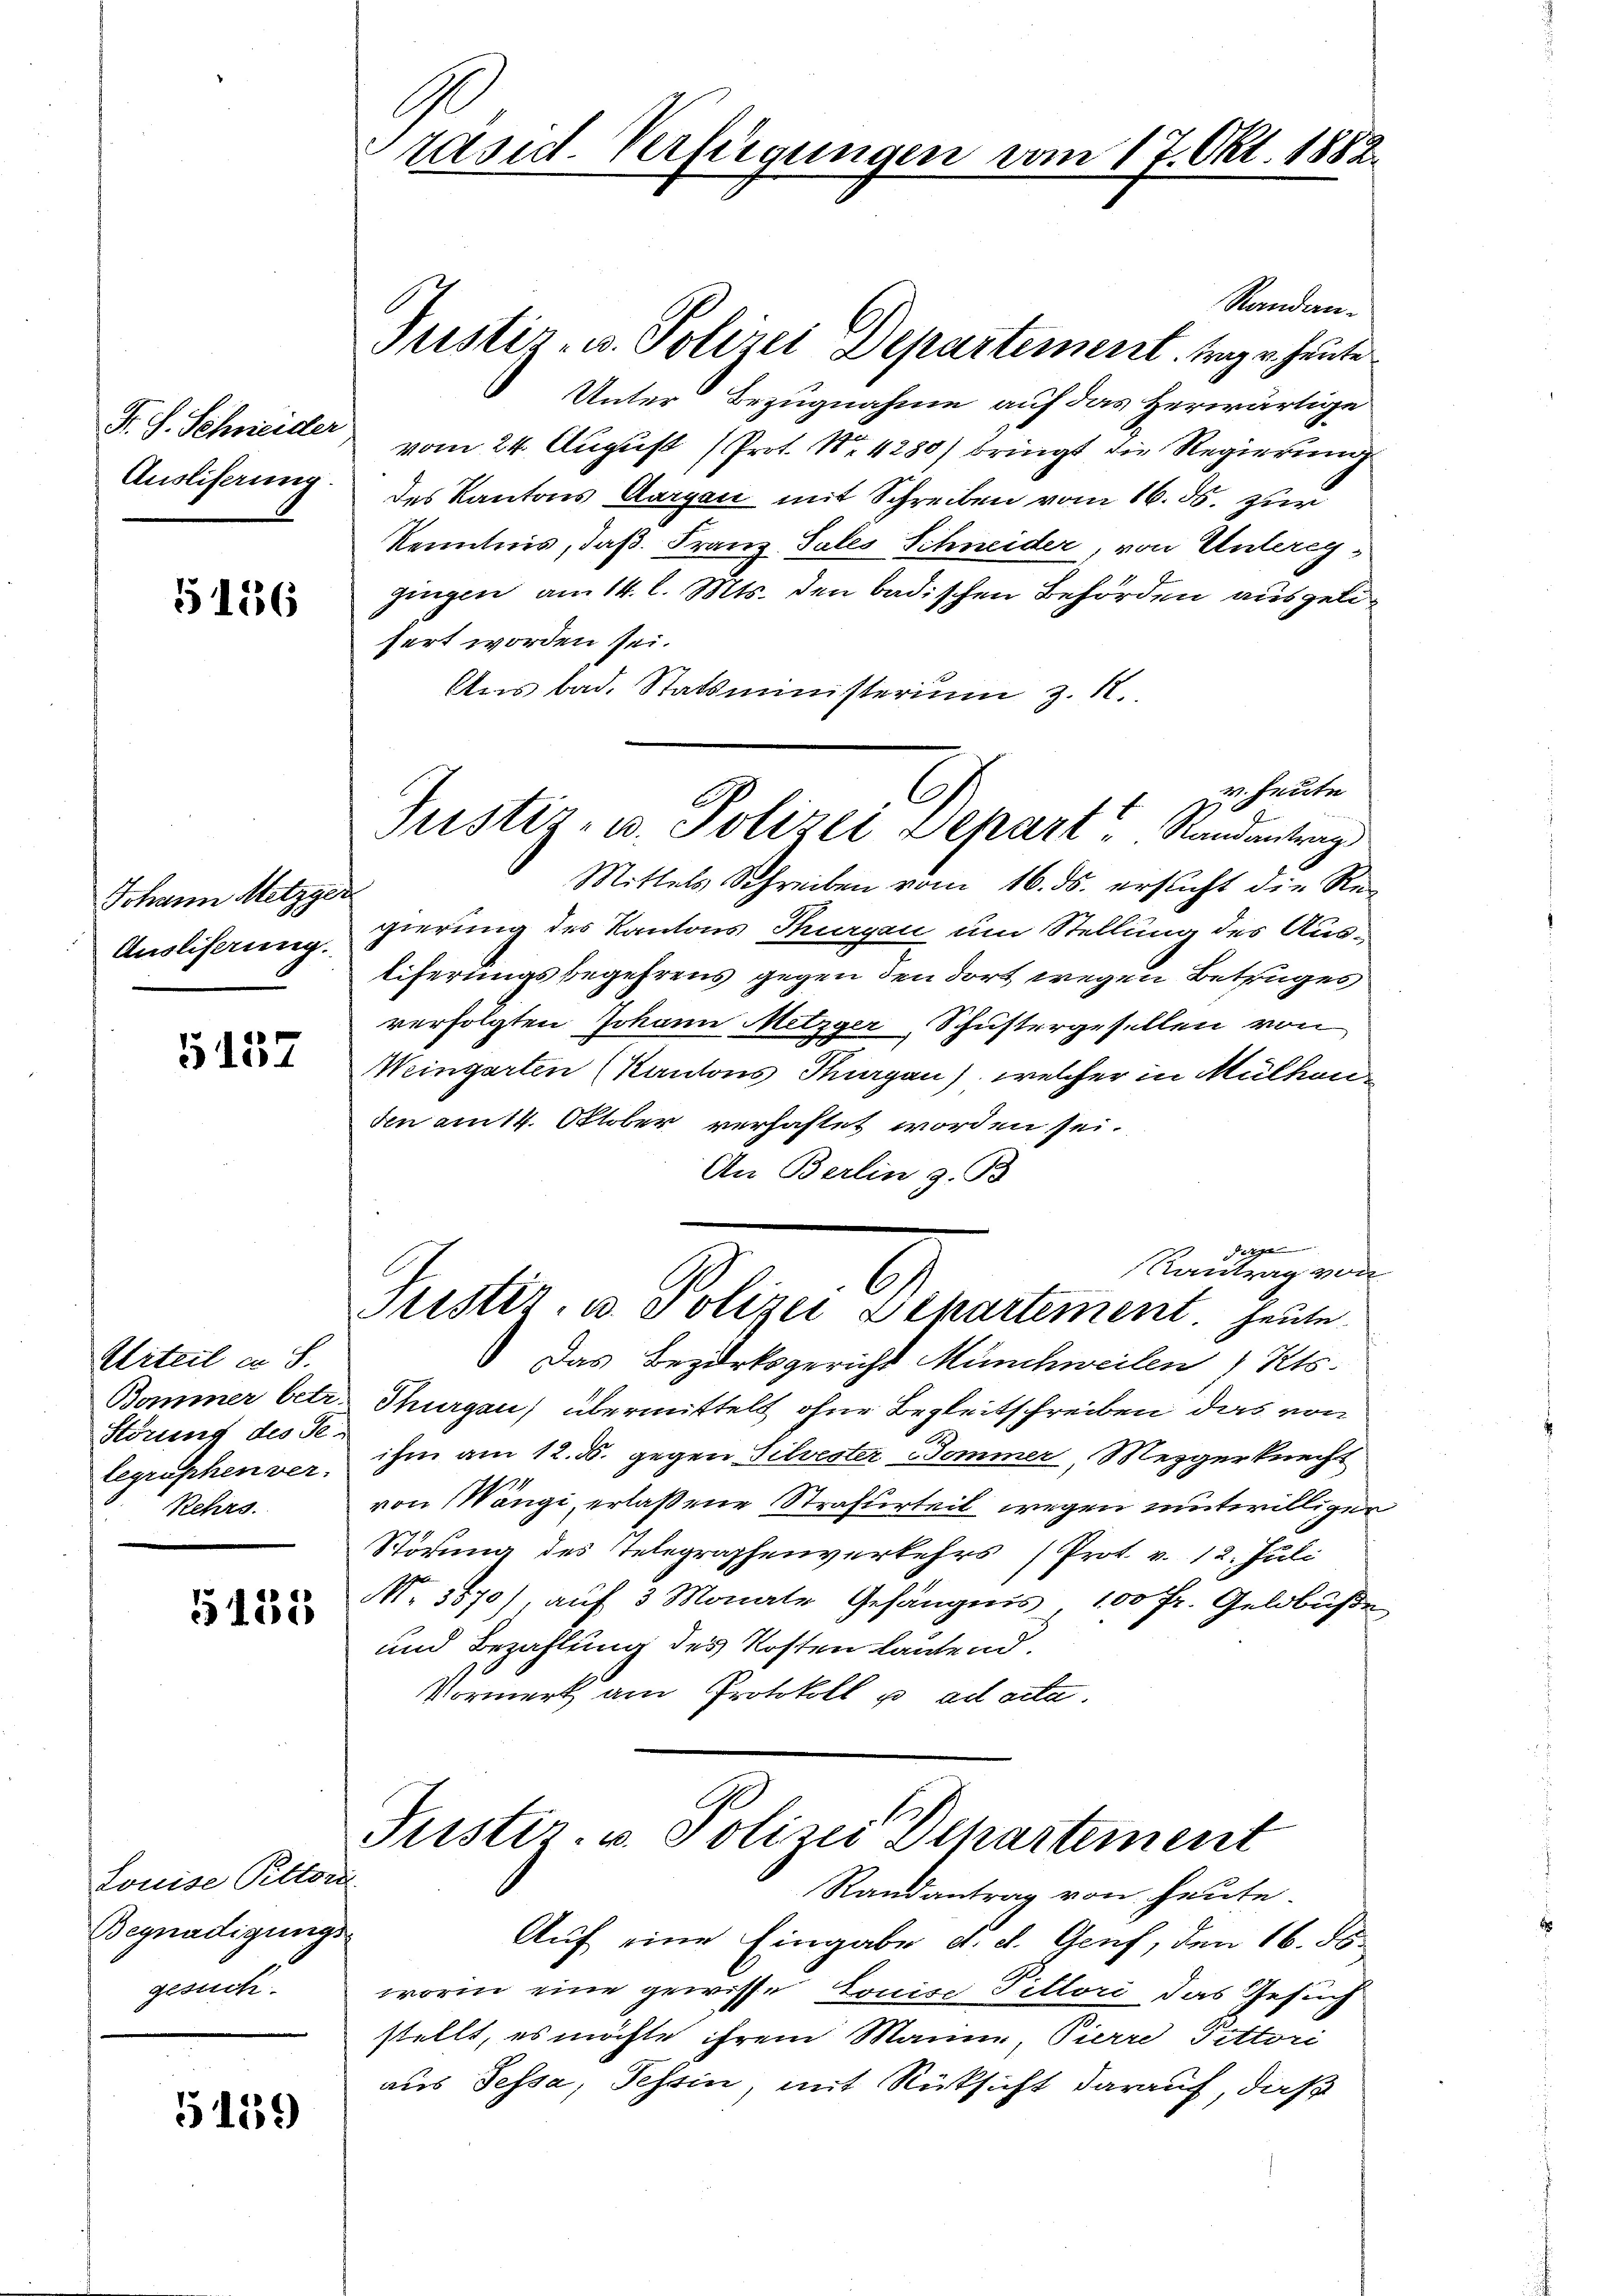
F. S. Schneider
Ausliserung

5136

Johann Metzger
Ausliserung.

5157

Urteil an S.
Bommer betr.
Störung des Se-
legraphen ver-
Rehrs.

5185

Louise Peltor
Begnadigungs
gesuch.

5159

räsid. Verfügungen vom 17. Okt. 1882.

G
Justiz- u. Polizei Separt Randantrag

Randan¬
Justiz- u. Polizei Departement. War heute
Unter Bezugnahme auf das herwärtige
vom 24. August (Prot. Nr. 4280) bringt die Regierung
des Kantons Aargau mit Schreiben vom 16. ds. zur
Kenntnis, daß Franz Sales Schneider, von Unteregs
gingen am 14. l. Mts. den badischen Behörden ausgelisert worden sei.
Ans bad. Statsministerium z. R.
v. Heute
2
Mittels Schreiben vom 16. ds. erflicht die Re-
gierung des Kantons Thurgau um Stellung des Ausliferungsbegehrens gegen den dort wegen Betruges
verfolgten Johann Metzger, Schustergesellen von
Weingarten (Kantons Thurgau), welcher in Mülhen
den amtt. Oktober verhaftet worden sei.
An Berlin z. B.
derge
Rantrag von
C
Fistet, u. Polizei Departement heute
 Das Bezirksgericht Münchweilen, Kts.
Tragen übermittelt ohne Begleitschreiben, das von
ihm am 12. ds. gegen Silvester Sommer Mezgerknecht
von Wängi erlaßene Strafurteil wegen mitwilliger
Störung des Telegraphenverkehrs (Prot. v. 12. Juli
No. 3570), auf 3 Monate Gefängnis 100 Fr. Geldbuße
und Bezahlung des Kosten lautend.
Vormerk am Protokoll u. ad acta.

Justiz- u. Polizei Departement

Randantrag von heute.
Auf eine Eingabe d. d. Genf, den 16. ds.
worin eine gewisse Louise Pittori das Gesuch
stellt, es möchte ihrem Mann, Pierre Pittori
aus Tessa, Tessin, mit Rücksicht darauf, daß